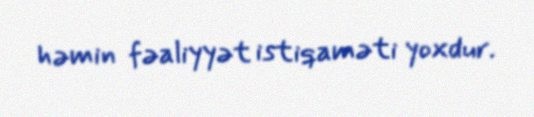
həmin fəaliyyət istiqaməti yoxdur.